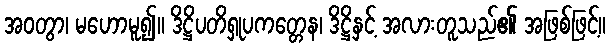
အဝတွာ၊ မဟောမူ၍။ ဒိဋ္ဌိပတိရှုပကတ္တေန၊ ဒိဋ္ဌိနှင့် အလားတူသည်၏ အဖြစ်ဖြင့်။